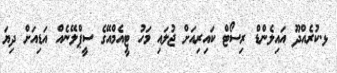
ޅ.ކުރެއްދޫ އައިލެންޑް ރިސޯޓް ކައިރިއަށް ޖުލައި މަހު ޓީއެމްއޭގެ ސީޕްލޭނެއް އަޑިއަށް ދިޔަ